Vaccination in the Punjab 1905-1918 - 1905-1918
Year: 1905
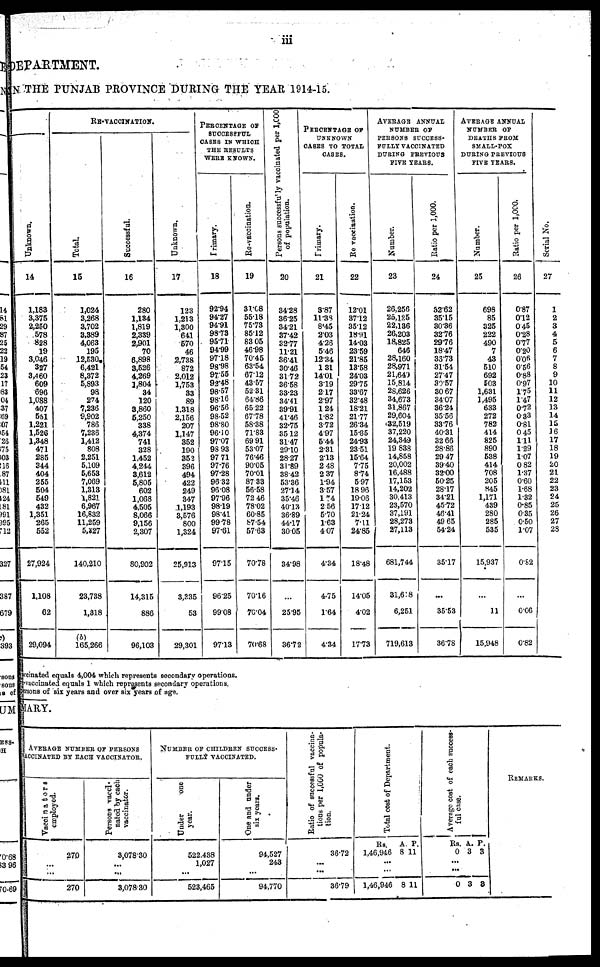
iii
DEPARTMENT.
IN THE PUNJAB PROVINCE DURING THE YEAR 1914-15.
Unknown.
14
1,183
3,375
2,250
578
828
19
3,046
327
3,460
609
696
1,088
407
551
1,221
1,526
1,348
471
285
344
404
255
504
549
432
1,351
265
552
27,924
1,108
62
29,094
RE-VACCINATION.
Total.
15
1,024
3,268
3,702
3,389
4,063
195
12,530
6,421
8,372
5,893
98
274
7,236
9,902
786
7,236
1,412
808
2,251
5,109
5,653
7,069
1,313
1,821
6,967
16,832
11,259
5,327
140,210
23,738
1,318
(b)
165,266
Successful.
16
280
1,134
1,819
2,339
2,901
70
6,898
3,526
4,269
1,804
34
120
3,860
5,250
338
4,374
741
328
1,452
4,244
3,612
5,805
602
1,068
4,505
8,066
9,156
2,307
80,902
14,315
886
96,103
Unknown.
17
123
1,213
1,300
641
570
46
2,738
872
2,012
1,753
33
89
1,318
2,156
207
1,147
352
190
352
396
494
422
249
347
1,193
3,576
800
1,324
25,913
3,335
53
29,301
PERCENTAGE OF
SUCCESSFUL
CASES IN WHICH
THE RESULTS
WERE KNOWN.
Primary.
18
92.94
94.27
94.91
98.73
95.71
94.99
97.18
98.98
97.55
92.48
98.57
98.16
96.56
98.52
98.80
96.10
97.07
98.93
97.71
97.76
97.28
96.32
96.08
97.96
98.19
98.41
99.78
97.61
97.15
96.25
99.08
97.13
Re-vaccination.
19
31.08
55.18
75.73
85.12
83.05
46.98
70.45
63.54
67.12
43.57
52.31
64.86
65.22
67.78
58.38
71.83
69.91
53.07
76.46
90.05
70.01
87.33
56.58
72.46
78.02
60.85
87.54
57.63
70.78
70.16
70.04
70.68
Persons successfully vaccinated per 1,000
of population.
20
34.28
36.25
34.21
37.42
32.77
11.21
36.41
30.46
31.72
36.58
33.23
34.41
39.91
41.46
32.75
35.12
31.47
29.10
28.27
31.89
38.42
53.36
27.14
35.46
40.13
36.89
44.17
30.05
34.98
...
25.95
36.72
PERCENTAGE OF
UNKNOWN
CASES TO TOTAL
CASES.
Primary.
21
3.87
11.38
8.45
2.03
4.26
5.46
12.34
1.31
14.01
3.19
2.17
2.97
1.24
1.82
3.72
4.97
5.44
2.31
2.13
2.48
2.37
1.94
3.57
1.74
2.56
5.70
1.63
4.7
4.34
4.75
1.64
4.34
Re vaccination.
22
12.01
37.12
35.12
18.91
14.03
23.59
21.85
13.58
24.03
29.75
33.67
32.48
18.21
21.77
26.34
15.85
24.93
23.51
15.64
7.75
8.74
5.97
18.96
19.06
17.12
21.24
7.11
24.85
18.48
14.05
4.02
17.73
AVERAGE ANNUAL
NUMBER OF
PERSONS SUCCESS-
FULLY VACCINATED
DURING PREVIOUS
FIVE YEARS.
Number.
23
26,256
25,125
22,136
26,203
18,825
646
28,160
28,971
21,649
15,814
28,626
34,673
31,867
29,604
32,519
37,220
24,349
19 838
14,858
20,002
16,488
17,153
14,202
30,413
23,570
37,191
28,273
27,113
681,744
31,618
6,251
719,613
Ratio per 1,000.
24
32.62
35.15
30.36
32.76
29.76
18.47
33.73
31.54
27.47
39.57
30.67
34.07
36.24
35.56
33.76
40.31
32.66
28.88
29.47
39.40
32.00
50.25
28.17
34.21
45.72
46.41
49.65
54.24
35.17
...
35.53
36.78
AVERAGE ANNUAL
NUMBER OF
DEATHS FROM
SMALL-POX
DURING PREVIOUS
FIVE YEARS.
Number.
25
698
85
325
222
490
7
43
510
692
503
1,631
1,495
633
272
782
414
825
890
538
414
708
205
845
1,171
439
280
285
535
15,937
...
11
15,948
Ratio per 1,000.
26
0.87
0.12
0.45
0.28
0.77
0.20
0.06
0.56
0.88
0.97
1.75
1.47
0.72
0.33
0.81
0.45
1.11
1.29
1.07
0.82
1.37
0.60
1.68
1.32
0.85
0.35
0.50
1.07
0.82
...
0.06
0.82
Serial No.
27
1
2
3
4
5
6
7
8
9
10
11
12
13
14
15
16
17
18
19
20
21
22
23
24
25
26
27
28
vaccinated equals 4,004 which represents secondary operations.
re-vaccinated equals 1 which represents secondary operations.
persons of six years and over six years of age.
MARY.
AVERAGE NUMBER OF PERSONS
VCCINATED BY EACH VACCINATOR.
Vaccinators
employed.
270
...
...
270
Persons vacci-
nated by each
vaccinator.
3,078.30
...
...
3,078.30
NUMBER OF CHILDREN SUCCESS-
FULLY VACCINATED.
Under
one
year.
522,438
1,027
...
523,465
One and under
six years.
94,527
243
...
94,770
Ratio of successful vaccina-
tions per 1,000 of popula-
tion.
36.72
...
...
36.79
Total cost of Department.
Rs.
1,46,946
A.
8
P.
11
...
...
1,46,946 8 11
Average cost of each success¬
ful case.
Rs.
0
A.
3
P.
3
...
...
0 3 3
REMAKES.